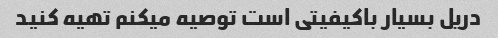
دریل بسیار باکیفیتی است توصیه میکنم تهیه کنید